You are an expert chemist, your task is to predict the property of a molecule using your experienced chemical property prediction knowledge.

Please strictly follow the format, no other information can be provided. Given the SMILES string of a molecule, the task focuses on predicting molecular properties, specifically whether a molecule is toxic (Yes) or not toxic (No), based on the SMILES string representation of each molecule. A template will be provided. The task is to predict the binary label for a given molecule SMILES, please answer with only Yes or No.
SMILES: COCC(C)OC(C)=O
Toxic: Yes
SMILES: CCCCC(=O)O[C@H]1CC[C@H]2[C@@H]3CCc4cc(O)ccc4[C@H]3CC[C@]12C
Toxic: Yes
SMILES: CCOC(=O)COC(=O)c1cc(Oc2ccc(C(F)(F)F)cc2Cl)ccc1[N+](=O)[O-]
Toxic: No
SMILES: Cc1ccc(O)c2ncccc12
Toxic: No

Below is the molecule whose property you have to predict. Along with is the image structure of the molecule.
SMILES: CO[C@@]1(NC(=O)CSCC#N)C(=O)N2C(C(=O)[O-])=C(CSc3nnnn3C)CS[C@@H]21
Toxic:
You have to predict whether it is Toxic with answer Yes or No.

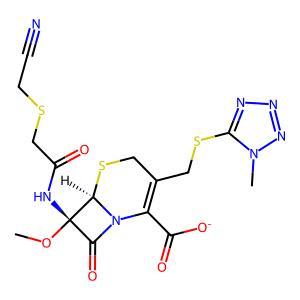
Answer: No